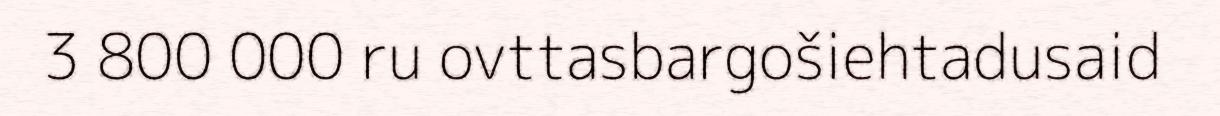
3 800 000 ru ovttasbargošiehtadusaid